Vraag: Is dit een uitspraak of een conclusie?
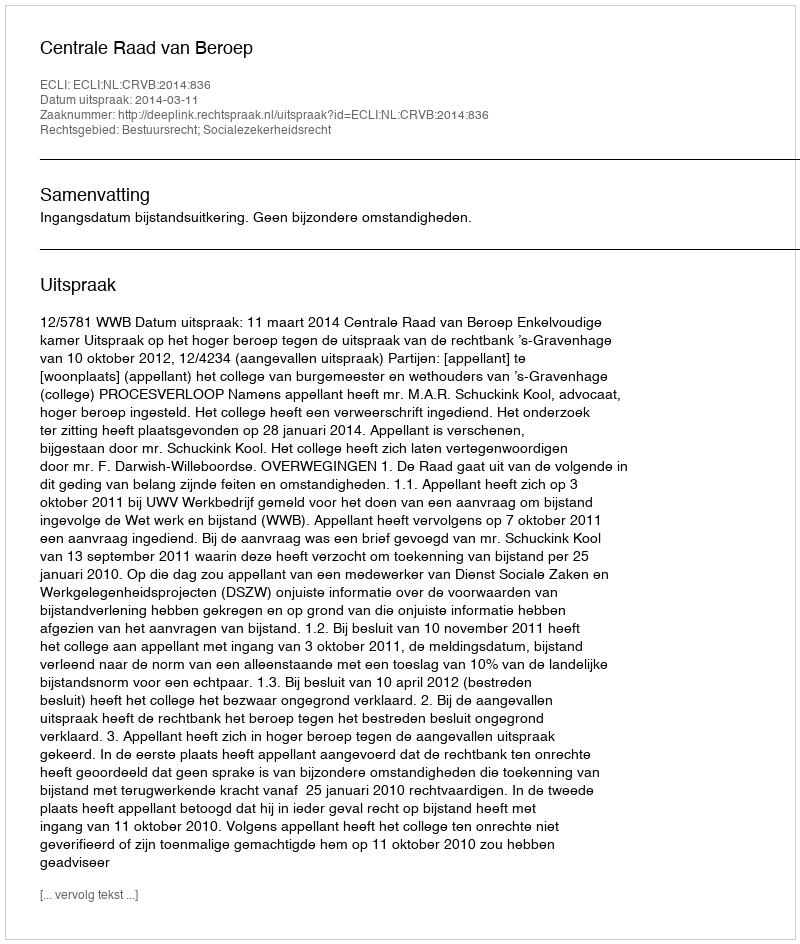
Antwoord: Uitspraak